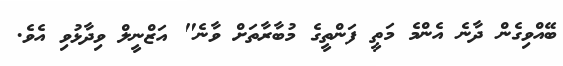
ބޭއްވިގެން ދާނެ އެންމެ މަތީ ފަންތީގެ މުބާރާތަށް ވާނެ" އަޒްނީލް ވިދާޅުވި އެވެ.